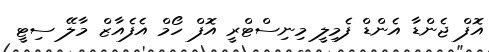
އޮފް ޖެންޑާ އެންޑް ފެމިލީ މިނިސްޓްރީ އޮފް ހޯމް އެފެއާޒް މާލޭ ސިޓީ